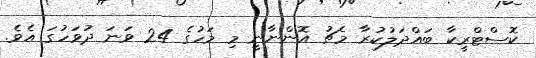
ކޮސްޓްރީކާ ބައްދަލުކުރާ މެޗު އޮންނާނީ މި މަހުގެ 24 ވަނަ ދުވަހުގަ އެވެ.